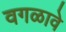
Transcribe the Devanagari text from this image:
वगळावे